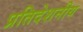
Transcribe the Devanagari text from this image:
प्रतिदेशनीय